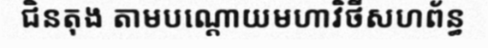
ជិនតុង តាមបណ្តោយមហាវិថីសហព័ន្ធ